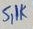
Text: 5,1K